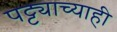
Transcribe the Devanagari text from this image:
पट्ट्याच्याही